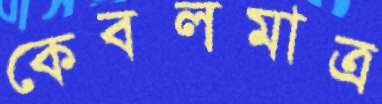
কেবলমাত্র